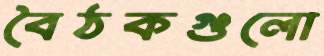
বৈঠকগুলো